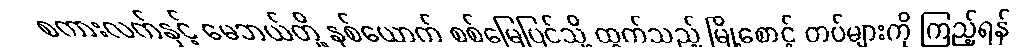
စကားလက်နှင့် မေဘယ်တို့ နှစ်ယောက် စစ်မြေပြင်သို့ ထွက်သည့် မြို့စောင့် တပ်များကို ကြည့်ရန်